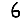
Digit: 6